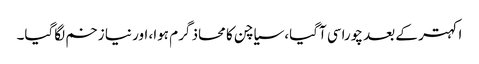
اکہتر کے بعد چوراسی آگیا، سیاچن کا محاذ گرم ہوا، اور نیا زخم لگاگیا۔